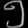
Digit: ၅